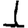
Digit: 1